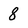
Character: 8